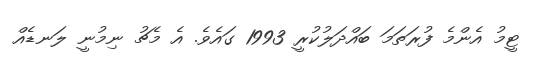
ޓީމު އެންމެ ފުރަތަމަ ބައްދަލުކުރީ 1993 ގައެވެ. އެ މެޗު ނިމުނީ ލަނޑެއް